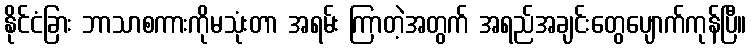
နိုင်ငံခြား ဘာသာစကားကိုမသုံးတာ အရမ်း ကြာတဲ့အတွက် အရည်အချင်းတွေပျောက်ကုန်ပြီ။